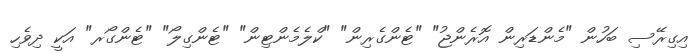
އިގިރޭސި ބަހުން "މެންޑަރިން އޮރެންޖު" "ޓެންގެރިން" "ކްލެމެންޓިން" "ޓެންގިލޯ" "ޓެންގޯރ" އަކީ ދިވެހި